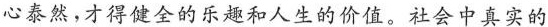
心泰然，才得健全的乐趣和人生的价值。社会中真实的